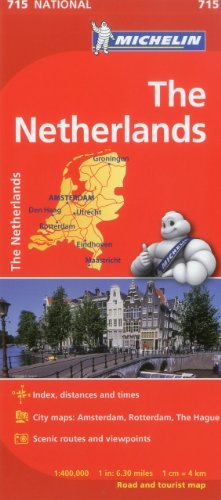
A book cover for Michelin Netherlands Map 715 (Maps/Country (Michelin)); Michelin Travel & Lifestyle; Travel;